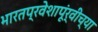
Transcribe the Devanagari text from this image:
भारतप्रवेशापूंर्वीच्या